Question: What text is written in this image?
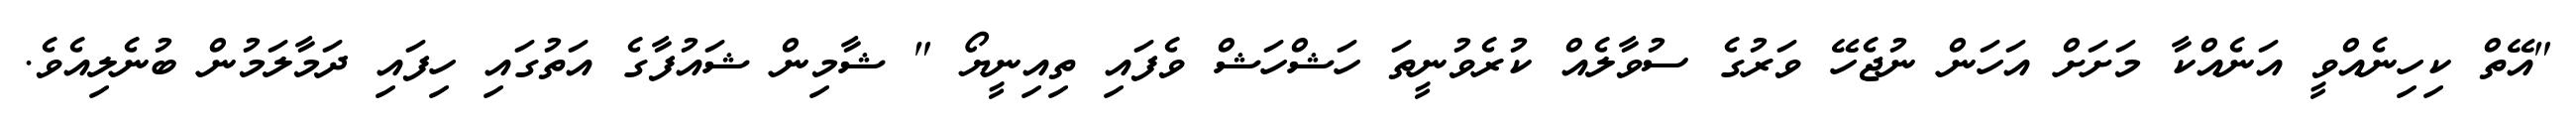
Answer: "އޭތް ކިހިނެއްވީ އަނެއްކާ މަށަށް އަހަން ނުޖެހޭ ވަރުގެ ސުވާލެއް ކުރެވުނީތަ ހަޝްހަޝް ވެފައި ތިއިނީޔޯ " ޝާމިން ޝައުފާގެ އަތުގައި ހިފައި ދަމާލަމުން ބުނެލިއެވެ.